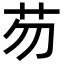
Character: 芴